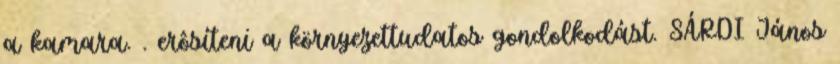
a kamara. . erôsíteni a környezettudatos gondolkodást. SÁRDI János